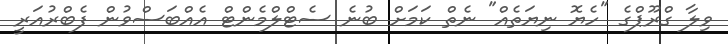
ވިލާ ގްރޫޕްގެ "ހެޔޮ ނިޔަތެއް" ނެތް ކަމަށް ބުނެ ސެޓްލްމެންޓް އެއްބަސްވުން ފެބްރުއަރީ